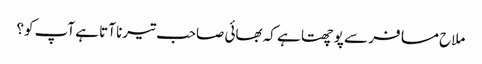
ملاح مسافر سے پوچھتا ہے کہ بھائی صاحب تیرنا آتا ہے آپ کو؟